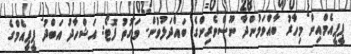
ޕީޕީއެމްއިން މިހާރު ބާއްވަމުންދާ ނޫސްވެރިންގެ ބައްދަލުވުން- ވަގުތު ފޮޓޯ: އަޝްހާދު އަބްދު ޕީޕީއެމްގެ